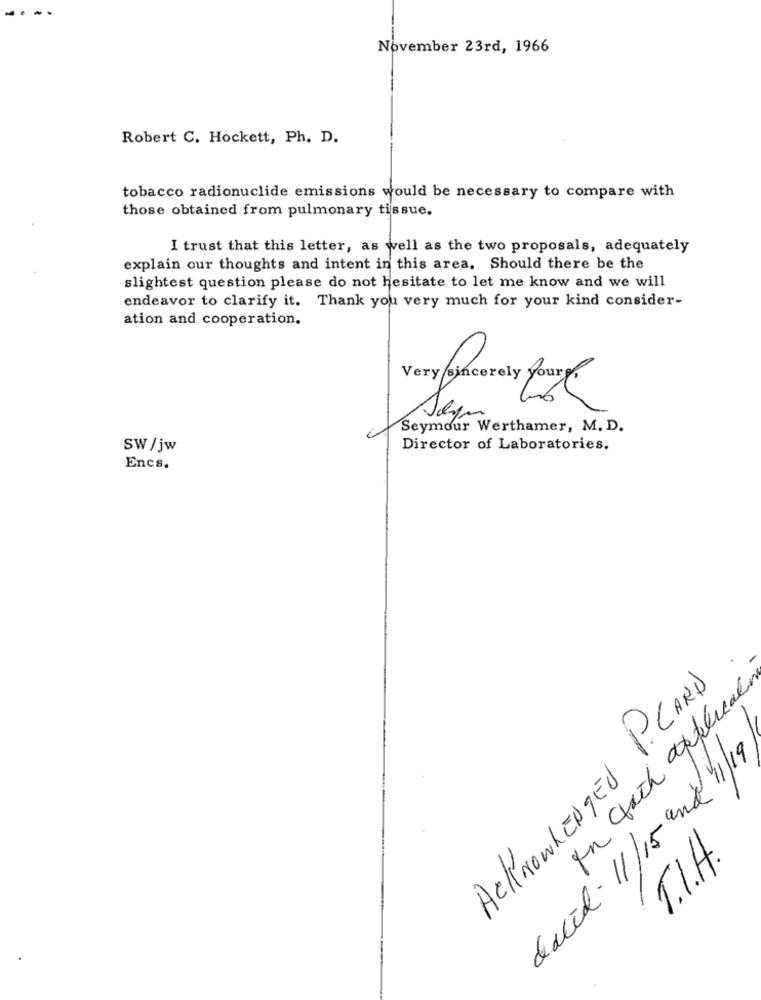
-...
November 23rd, 1966
Robert C. Hockett, Ph. D.
tobacco radionuclide emissions would be necessary to compare with
those obtained from pulmonary tissue.
I trust that this letter, as well as the two proposals, adequately
explain our thoughts and intent in this area. Should there be the
slightest question please do not hesitate to let me know and we will
endeavor to clarify it. Thank you very much for your kind consider-
ation and cooperation.
Seymour Werthamer, M. D.
SW/jw
Director of Laboratories.
Encs.
ACKNOWLEDGED P.CARD
In with appleical
dacid - 11/15 and 11/19
T.I.A.